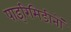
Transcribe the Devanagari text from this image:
पाइरिमिडीनों